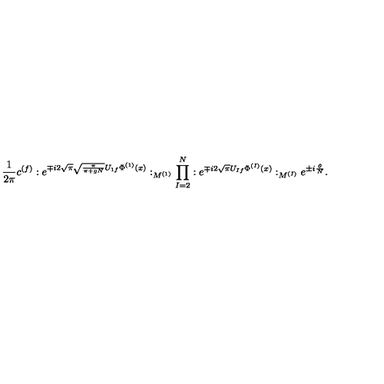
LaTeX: \frac { 1 } { 2 \pi } c ^ { ( f ) } : e ^ { \mp i 2 \sqrt { \pi } \sqrt { \frac { \pi } { \pi + g N } } U _ { 1 f } \Phi ^ { ( 1 ) } ( x ) } : _ { M ^ { ( 1 ) } } \prod _ { I = 2 } ^ { N } : e ^ { \mp i 2 \sqrt { \pi } U _ { I f } \Phi ^ { ( I ) } ( x ) } : _ { M ^ { ( I ) } } e ^ { \pm i \frac { \theta } { N } } .